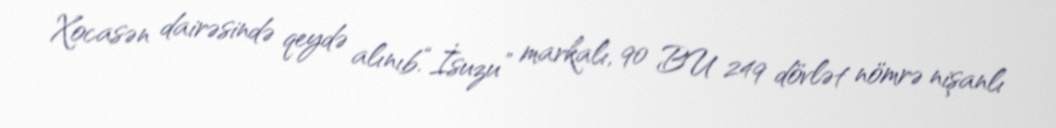
Xocasən dairəsində qeydə alınıb.“İsuzu” markalı, 90 BU 249 dövlət nömrə nişanlı